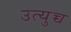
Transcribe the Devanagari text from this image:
उत्युच्च